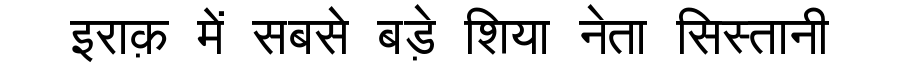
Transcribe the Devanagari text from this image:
इराक़ में सबसे बड़े शिया नेता सिस्तानी